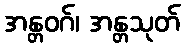
အန္တဝဂ်၊ အန္တသုတ်